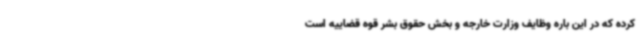
کرده که در این باره وظایف وزارت خارجه و بخش حقوق بشر قوه قضاییه است